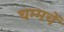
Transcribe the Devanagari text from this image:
चम्मचें